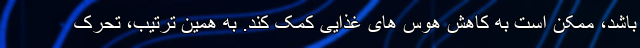
باشد، ممکن است به کاهش هوس های غذایی کمک کند. به همین ترتیب، تحرک